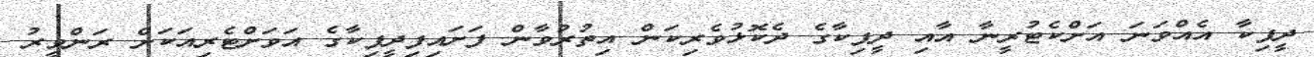
ދީޕިކާ އެއްވަނަ އަށްކެޓުރީނާ އާއި ދީޕިކާގެ ދެކޮޅުވެރިކަން އިތުރުވާން ފަށައިފިދީޕިކާގެ އަވަށްޓެރިއަކަށް ރަންވީރު